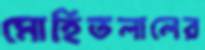
মোহিতলালের